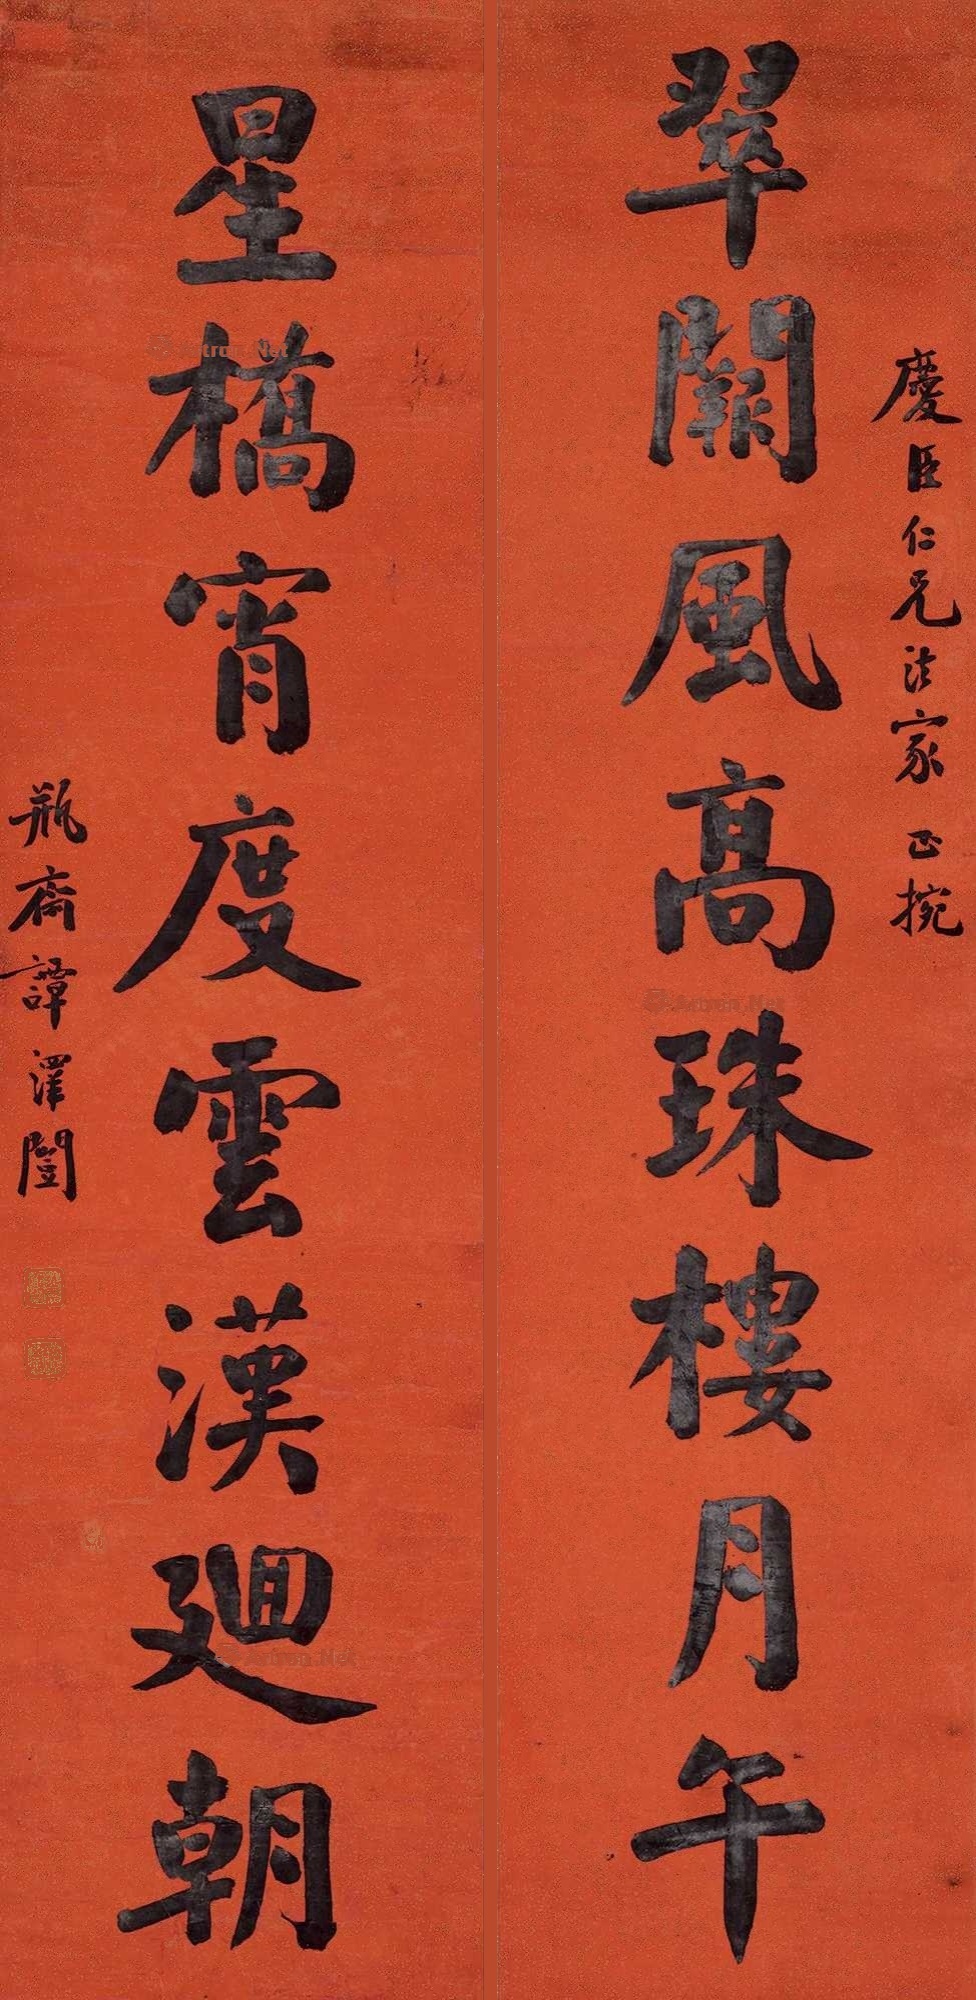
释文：翠阕风高珠楼月午，星桥宵度云汉回朝。庆臣仁兄法家正捥。瓶斋谭泽闿。